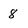
Character: 8